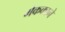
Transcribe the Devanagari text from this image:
मेककाने